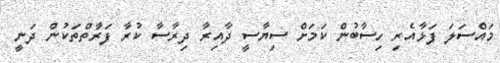
މައްސަލަ ފަޅާއެރި ހިސާބުން ކަމަށް ސިޔާސީ ދާއިރާ ދިރާސާ ކުރާ ފަރާތްތަކުން ދަނީ